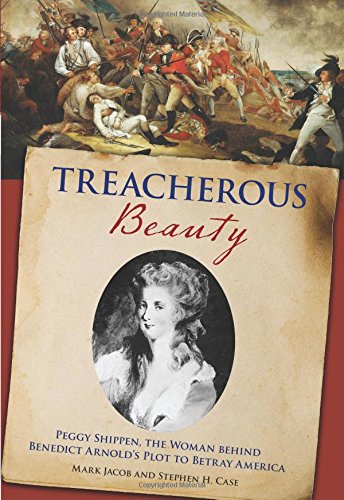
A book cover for Treacherous Beauty: Peggy Shippen, The Woman Behind Benedict Arnold's Plot To Betray America; Stephen Case; History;